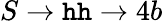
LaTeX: S\rightarrow\mathtt{h}\mathtt{h}\rightarrow4b